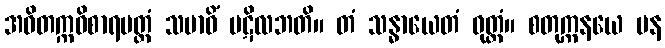
အဝိတက္ကဝိစာရမတ္တံ သမာဓိံ ပဋိလဘတိ။ တံ သန္ဓာယေတံ ဝုတ္တံ။ စတုက္ကနယေ ပန